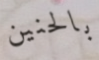
بالحنين